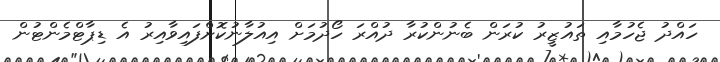
ހައްދު ޖެހުމާއި ތައުޒީރު ކުރަން ބެނުންކުރާ ދުއްރަ ހޯދުމަށް އިއުލާނުކޮށްފައިވާއިރު އެ ޑިޕާޓްމެންޓުން